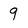
Character: 9